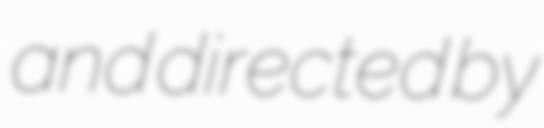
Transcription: and directed by